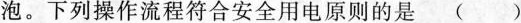
泡。下列操作流程符合安全用电原则的是()